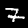
Label: 7